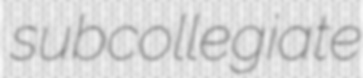
subcollegiate